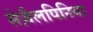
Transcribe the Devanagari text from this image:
सेज़ैलपिनिया